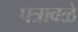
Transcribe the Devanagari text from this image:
पत्रावळे